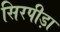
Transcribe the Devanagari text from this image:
सिरपीड़ा